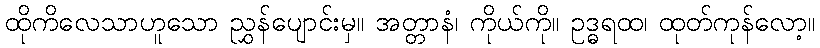
ထိုကိလေသာဟူသော ညွှန်ပျောင်းမှ။ အတ္တာနံ၊ ကိုယ်ကို။ ဥဒ္ဓရထ၊ ထုတ်ကုန်လော့။